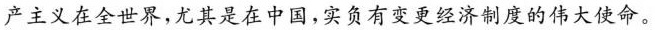
产主义在全世界，尤其是在中国，实负有变更经济制度的伟大使命。